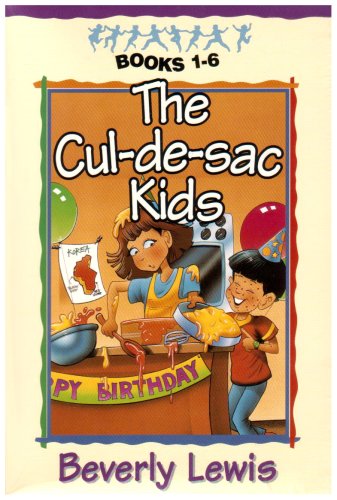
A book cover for The Cul-de-sac Kids  Books 1-6 (Boxed Set); Beverly Lewis; Religion & Spirituality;